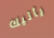
يأتيك